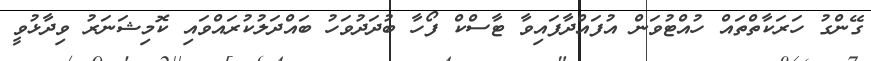
ގޭންގު ހަރަކާތްތައް ހުއްޓުވަން އުފައްދާފައިވާ ޓާސްކް ފޯހާ ބުދަދުވަހު ބައްދަލުކުރައްވައި ކޮމިޝަނަރު ވިދާޅުވީ